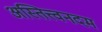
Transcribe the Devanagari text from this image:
अस्तित्त्वनदम